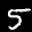
Label: 5